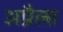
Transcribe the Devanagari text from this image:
अप्रैला